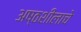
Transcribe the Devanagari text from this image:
अष्ठशीलाचे